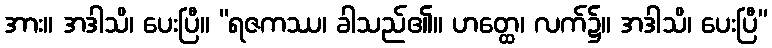
အား။ အဒါသိ၊ ပေးပြီ။ “ရဇကဿ၊ ခါသည်၏။ ဟတ္ထေ၊ လက်၌။ အဒါသိ၊ ပေးပြီ”